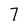
Character: 7